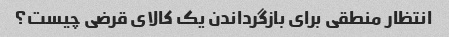
انتظار منطقی برای بازگرداندن یک کالای قرضی چیست؟